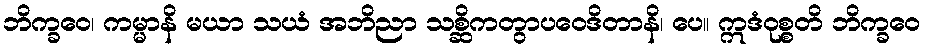
ဘိက္ခဝေ၊ ကမ္မာနိ မယာ သယံ အဘိညာ သစ္ဆိကတွာပဝေဒိတာနိ၊ ပေ။ ဣဒံဝုစ္စတိ ဘိက္ခဝေ